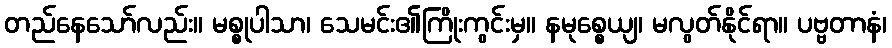
တည်နေသော်လည်း။ မစ္စုပါသာ၊ သေမင်း၏ကြိုးကွင်းမှ။ နမုစ္စေယျ၊ မလွတ်နိုင်ရာ။ ပဗ္ဗတာနံ၊